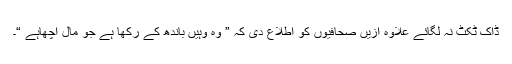
ڈاک ٹکٹ نہ لگائے علاوہ ازیں صحافیوں کو اطلاع دی کہ ” وہ وہیں باندھ کے رکھا ہے جو مال اچھاہے “۔